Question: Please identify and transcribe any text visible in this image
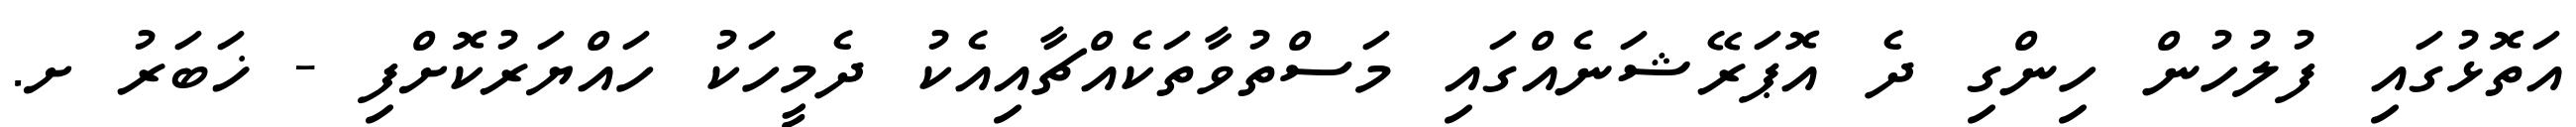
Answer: އަތޮޅުގައި ފުލުހުން ހިންގި ދެ އޮޕަރޭޝަނެއްގައި މަސްތުވާތަކެއްޗާއިއެކު ދެމީހަކު ހައްޔަރުކޮށްފި - ޚަބަރު ށ.